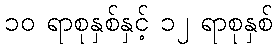
၁၀ ရာစုနှစ်နှင့် ၁၂ ရာစုနှစ်